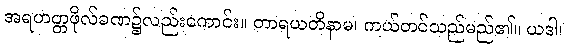
အရဟတ္တဖိုလ်ခဏ၌လည်းကောင်း။ တာရယတိနာမ၊ ကယ်တင်သည်မည်၏။ ယဒါ၊